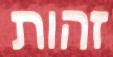
זהות